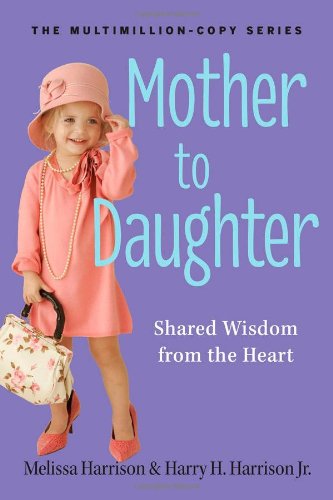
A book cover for Mother to Daughter, Revised Edition: Shared Wisdom from the Heart; Melissa Harrison; Parenting & Relationships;